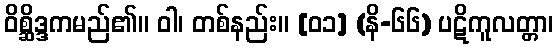
ဝိစ္ဆိဒ္ဒကမည်၏။ ဝါ၊ တစ်နည်း။ [၀၁] (နိ-၆၆) ပဋိကူလတ္တာ၊